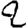
Digit: 2